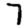
Digit: 7